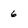
Character: 6